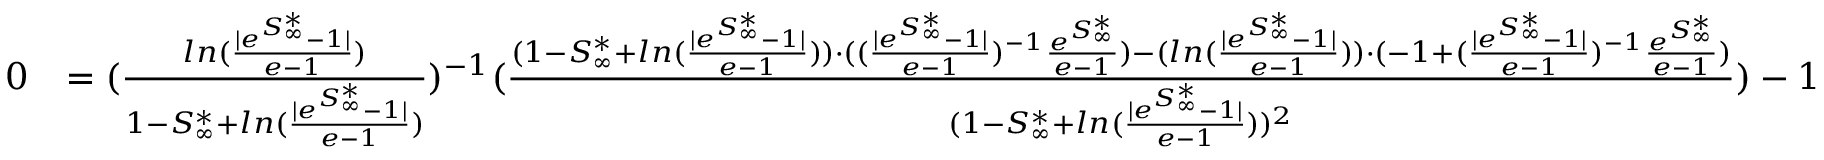
\begin{array} { r l } { 0 } & { = ( \frac { l n ( \frac { | e ^ { S _ { \infty } ^ { * } } - 1 | } { e - 1 } ) } { 1 - S _ { \infty } ^ { * } + l n ( \frac { | e ^ { S _ { \infty } ^ { * } } - 1 | } { e - 1 } ) } ) ^ { - 1 } ( \frac { ( 1 - S _ { \infty } ^ { * } + l n ( \frac { | e ^ { S _ { \infty } ^ { * } } - 1 | } { e - 1 } ) ) \cdot ( ( \frac { | e ^ { S _ { \infty } ^ { * } } - 1 | } { e - 1 } ) ^ { - 1 } \frac { e ^ { S _ { \infty } ^ { * } } } { e - 1 } ) - ( l n ( \frac { | e ^ { S _ { \infty } ^ { * } } - 1 | } { e - 1 } ) ) \cdot ( - 1 + ( \frac { | e ^ { S _ { \infty } ^ { * } } - 1 | } { e - 1 } ) ^ { - 1 } \frac { e ^ { S _ { \infty } ^ { * } } } { e - 1 } ) } { ( 1 - S _ { \infty } ^ { * } + l n ( \frac { | e ^ { S _ { \infty } ^ { * } } - 1 | } { e - 1 } ) ) ^ { 2 } } ) - 1 } \end{array}